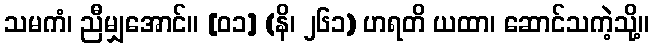
သမကံ၊ ညီမျှအောင်။ [၀၁] (နိ၊ ၂၆၁) ဟရတိ ယထာ၊ ဆောင်သကဲ့သို့။